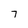
Character: 7